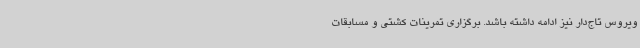
ویروس تاج‌دار نیز ادامه داشته باشد. برگزاری تمرینات کشتی و مسابقات